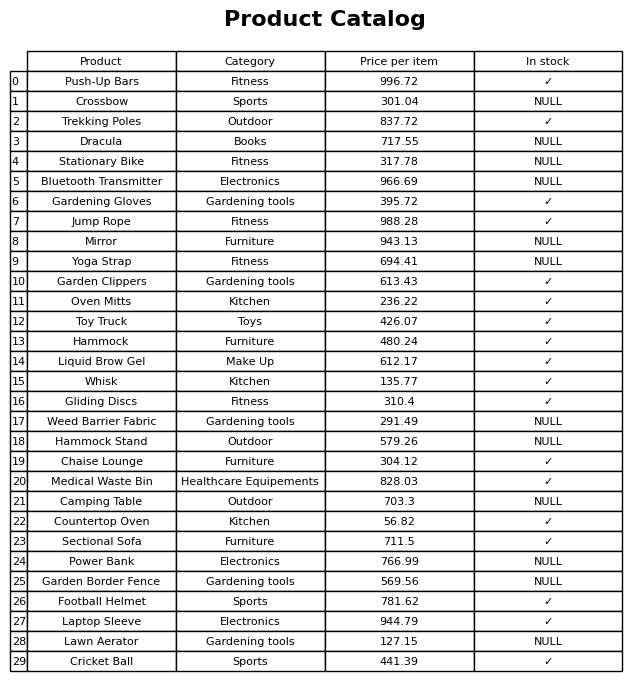
question: What is the price of the Football Helmet?
answer: The price of Football Helmet is 781.62.